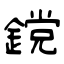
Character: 鎲